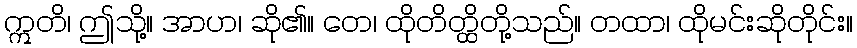
ဣတိ၊ ဤသို့။ အာဟ၊ ဆို၏။ တေ၊ ထိုတိတ္ထိတို့သည်။ တထာ၊ ထိုမင်းဆိုတိုင်း။